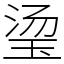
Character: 𬍡